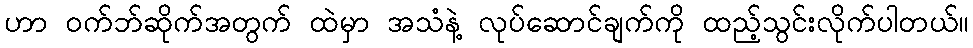
ဟာ ဝက်ဘ်ဆိုက်အတွက် ထဲမှာ အသံနဲ့ လုပ်ဆောင်ချက်ကို ထည့်သွင်းလိုက်ပါတယ်။